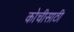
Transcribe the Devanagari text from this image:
कोचीसाठी